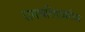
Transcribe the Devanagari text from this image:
रामचरित्राव्ररील